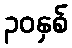
၃၀နှစ်